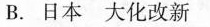
B.日本大化改新